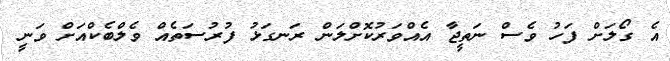
އެ ގޯލަށް ފަހު ވެސް ނަތީޖާ އެއްވަރުކޮށްލަން ރަނގަޅު ފުރުސަތެއް ވެލްބެކްއަށް ވަނީ